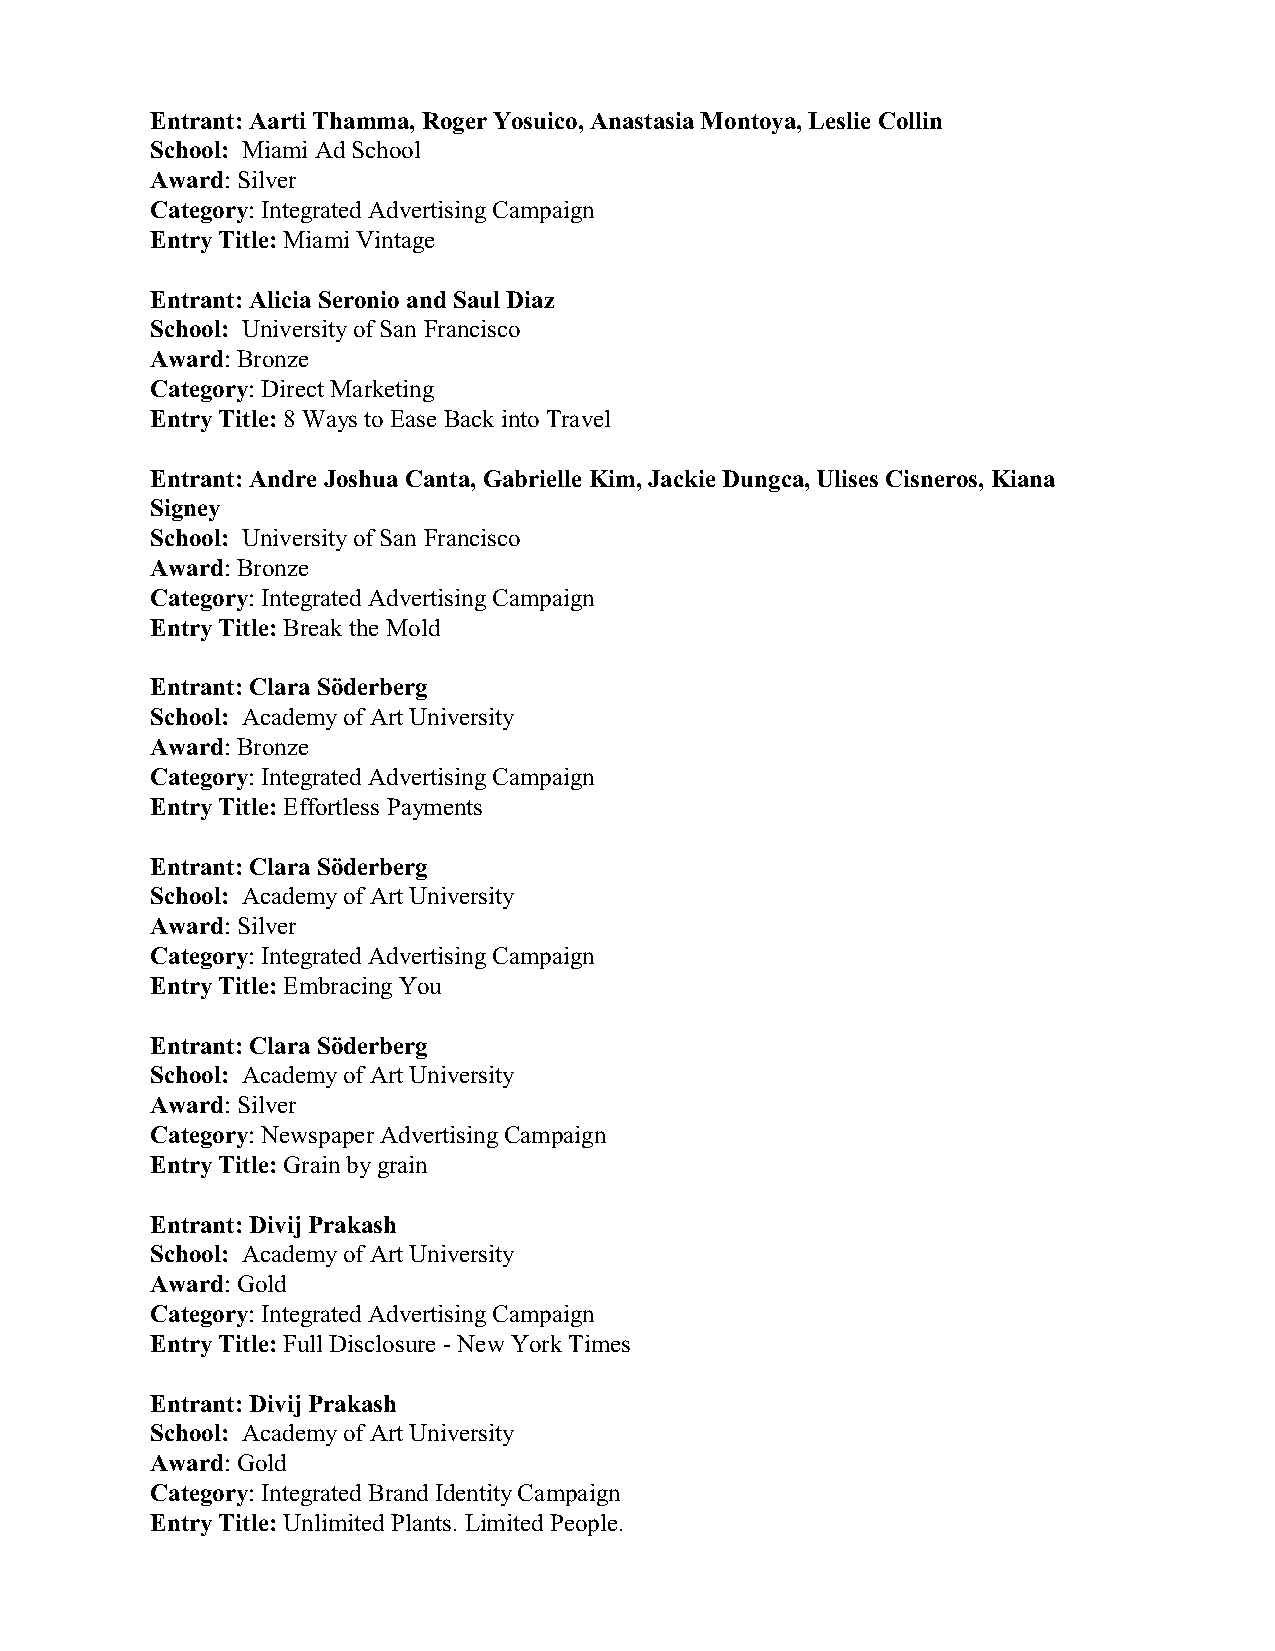
Entrant: Aarti Thamma, Roger Yosuico, Anastasia Montoya, Leslie Collin
 School: Miami Ad School
 Award: Silver
 Category: Integrated Advertising Campaign
 Entry Title: Miami Vintage
 Entrant: Alicia Seronio and Saul Diaz
 School: University of San Francisco
 Award: Bronze
 Category: Direct Marketing
 Entry Title: 8 Ways to Ease Back into Travel
 Entrant: Andre Joshua Canta, Gabrielle Kim, Jackie Dungca, Ulises Cisneros, Kiana
 Signey
 School: University of San Francisco
 Award: Bronze
 Category: Integrated Advertising Campaign
 Entry Title: Break the Mold
 Entrant: Clara Söderberg
 School: Academy of Art University
 Award: Bronze
 Category: Integrated Advertising Campaign
 Entry Title: Effortless Payments
 Entrant: Clara Söderberg
 School: Academy of Art University
 Award: Silver
 Category: Integrated Advertising Campaign
 Entry Title: Embracing You
 Entrant: Clara Söderberg
 School: Academy of Art University
 Award: Silver
 Category: Newspaper Advertising Campaign
 Entry Title: Grain by grain
 Entrant: Divij Prakash
 School: Academy of Art University
 Award: Gold
 Category: Integrated Advertising Campaign
 Entry Title: Full Disclosure - New York Times
 Entrant: Divij Prakash
 School: Academy of Art University
 Award: Gold
 Category: Integrated Brand Identity Campaign
 Entry Title: Unlimited Plants. Limited People.